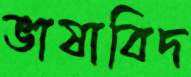
ভাষাবিদ